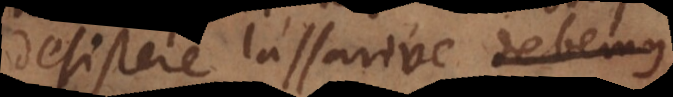
tristari... lassarive debemus.